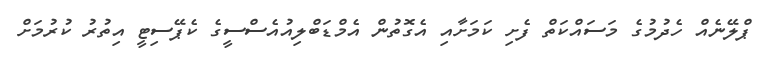
ޕްލޭނެއް ހެދުމުގެ މަސައްކަތް ފެށި ކަމަށާއި އެގޮތުން އެމްޑަބްލިއުއެސްސީގެ ކެޕޭސިޓީ އިތުރު ކުރުމަށް